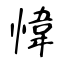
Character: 愇